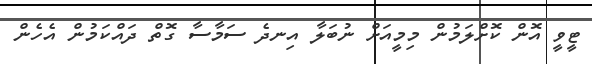
ޓީވީ އޮން ކޮށްލަމުން މިމީއަށް ނުބަލާ އިނދެ ސަމާސާ ގޮތް ދައްކަމުން އެހެން